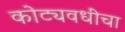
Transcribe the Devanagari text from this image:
कोट्यवधींचा